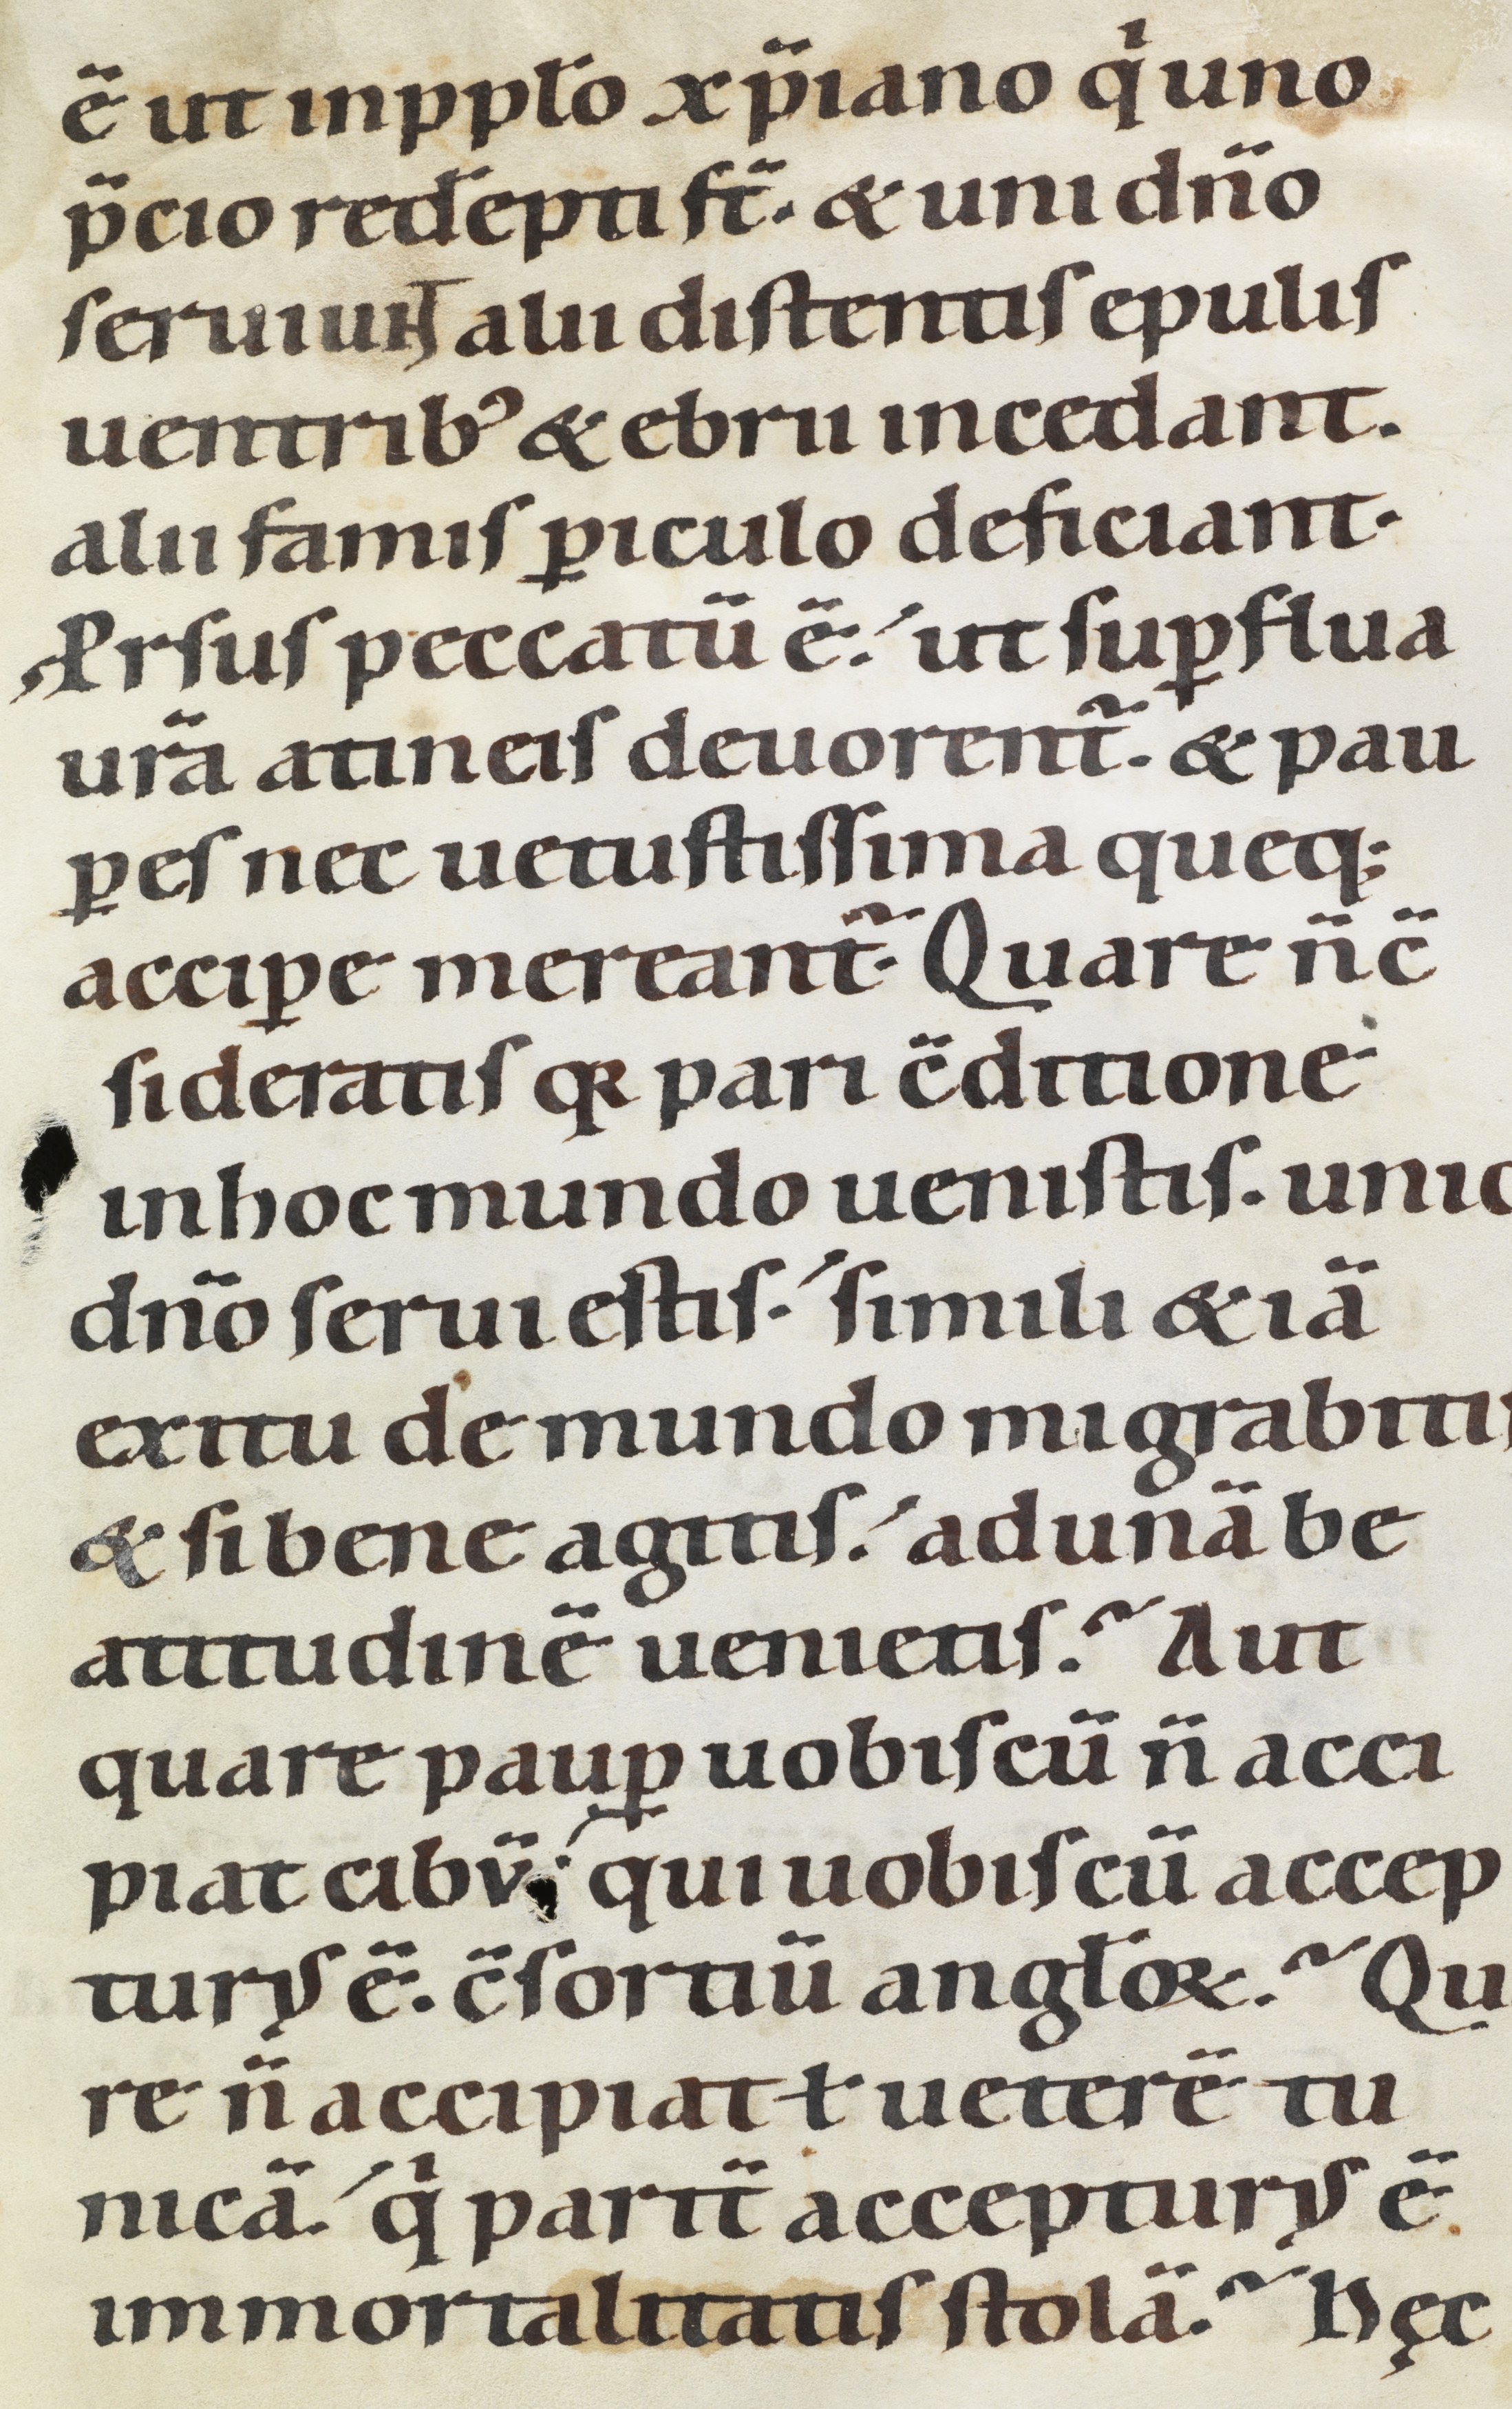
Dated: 1100–1199